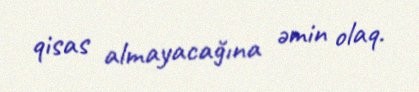
qisas almayacağına əmin olaq.